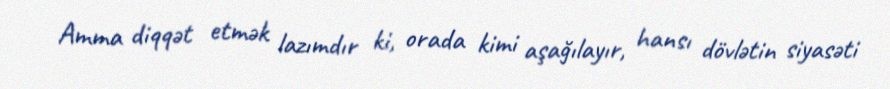
Amma diqqət etmək lazımdır ki, orada kimi aşağılayır, hansı dövlətin siyasəti